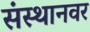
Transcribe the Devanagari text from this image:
संस्थानवर